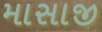
માસાજી